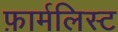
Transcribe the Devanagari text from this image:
फ़ार्मलिस्ट